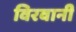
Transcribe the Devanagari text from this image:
विरवानी